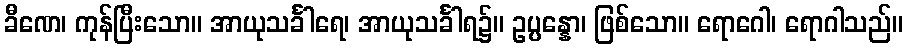
ခီဏေ၊ ကုန်ပြီးသော။ အာယုသင်္ခါရေ၊ အာယုသင်္ခါရ၌။ ဥပ္ပန္နော၊ ဖြစ်သော။ ရောဂေါ၊ ရောဂါသည်။